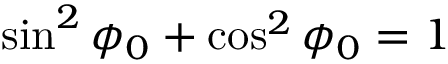
\sin ^ { 2 } \phi _ { 0 } + \cos ^ { 2 } \phi _ { 0 } = 1